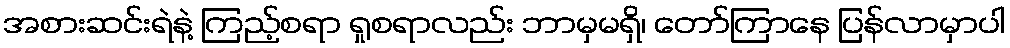
အစားဆင်းရဲနဲ့ ကြည့်စရာ ရှုစရာလည်း ဘာမှမရှိ၊ တော်ကြာနေ ပြန်လာမှာပါ